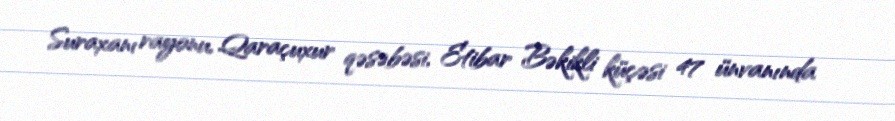
Suraxanı rayonu, Qaraçuxur qəsəbəsi, Etibar Bəkikli küçəsi 47 ünvanında